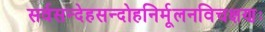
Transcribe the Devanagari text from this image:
सर्वसन्देहसन्दोहनिर्मूलनविचक्षणः